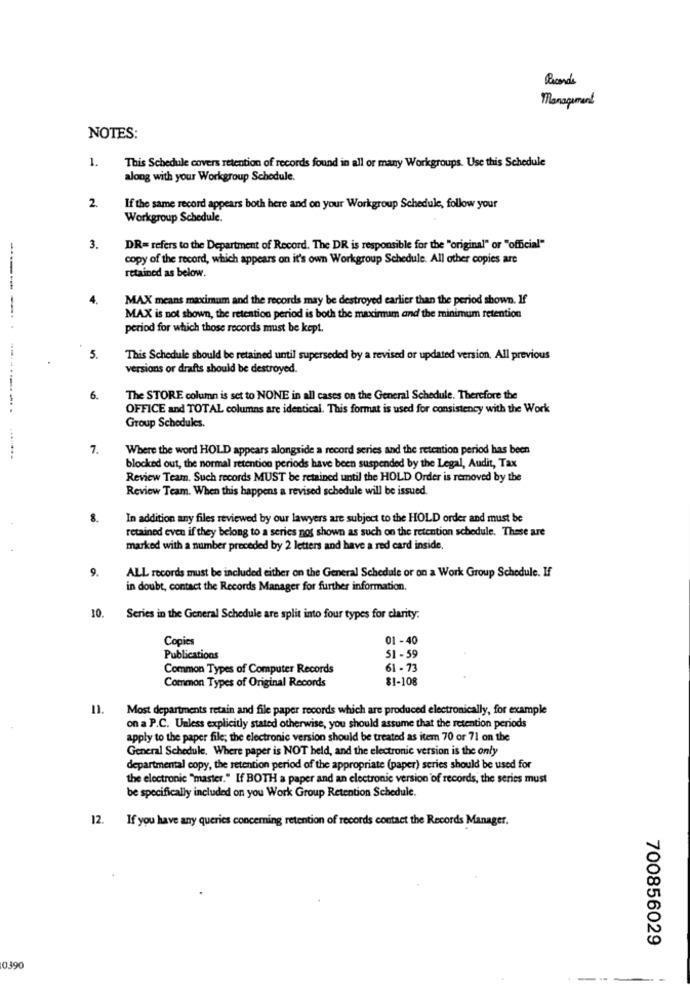
Ricordi
Management
NOTES:
1.
This Schedule covers retention of records found in all or many Workgroups. Use this Schedule
along with your Workgroup Schodule.
2.
If the same record appears both here and on your Workgroup Schedule, follow your
Workgroup Schedule.
3.
DR= refers to the Department of Record. The DR is responsible for the "original" or "official"
copy of the record, which appears on it's own Workgroup Schedule. All other copies are
retained as below.
4.
MAX means maximum and the records may be destroyed earlier than the period shown. If
MAX is not shown, the retention period is both the maximum and the minimum retention
period for which those records must be kept.
5.
This Schedule should be retained until superseded by a revised or updated version. All previous
versions or drafts should be destroyed.
6.
The STORE column is set to NONE in all cases on the General Schedule. Therefore the
OFFICE and TOTAL columns are identical. This format is used for consistency with the Work
-----------.
Group Schedules.
7.
Where the word HOLD appears alongside a record series and the retention period has been
blocked out, the normal retention periods have been suspended by the Legal, Audit, Tax
Review Team. Such records MUST be retained until the HOLD Order is removed by the
Review Team. When this happens a revised schedule will be issued.
8.
In addition any files reviewed by our lawyers are subject to the HOLD order and must be
retained even if they belong to a series nos shown as such on the retention schedule. These are
marked with a number preceded by 2 letters and have a red card inside.
9.
ALL records must be included either on the General Schedule or on a Work Group Schedule. If
in doubt, contact the Records Manager for further information.
10.
Series in the General Schedule are split into four types for clarity.
Copies
01 - 40
Publications
51 - 59
Common Types of Computer Records
61 - 73
Common Types of Original Records
$1-108
11.
Most departments retain and file paper records which are produced electronically, for example
on a P.C. Unless explicitly stated otherwise, you should assume that the retention periods
apply to the paper file; the electronic version should be treated as item 70 or 71 on the
General Schedule. Where paper is NOT held, and the electronic version is the only
departmental copy, the retention period of the appropriate (paper) series should be used for
the electronic "master." If BOTH a paper and an electronic version of records, the series must
be specifically included on you Work Group Retention Schedule.
12. If you have any queries concerning retention of records contact the Records Manager.
700856029
0390
----